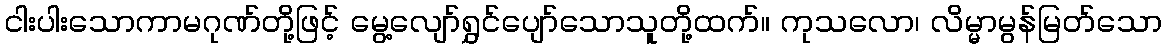
ငါးပါးသောကာမဂုဏ်တို့ဖြင့် မွေ့လျော်ရွှင်ပျော်သောသူတို့ထက်။ ကုသလော၊ လိမ္မာမွန်မြတ်သော